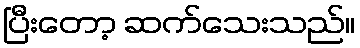
ပြီးတော့ ဆက်သေးသည်။